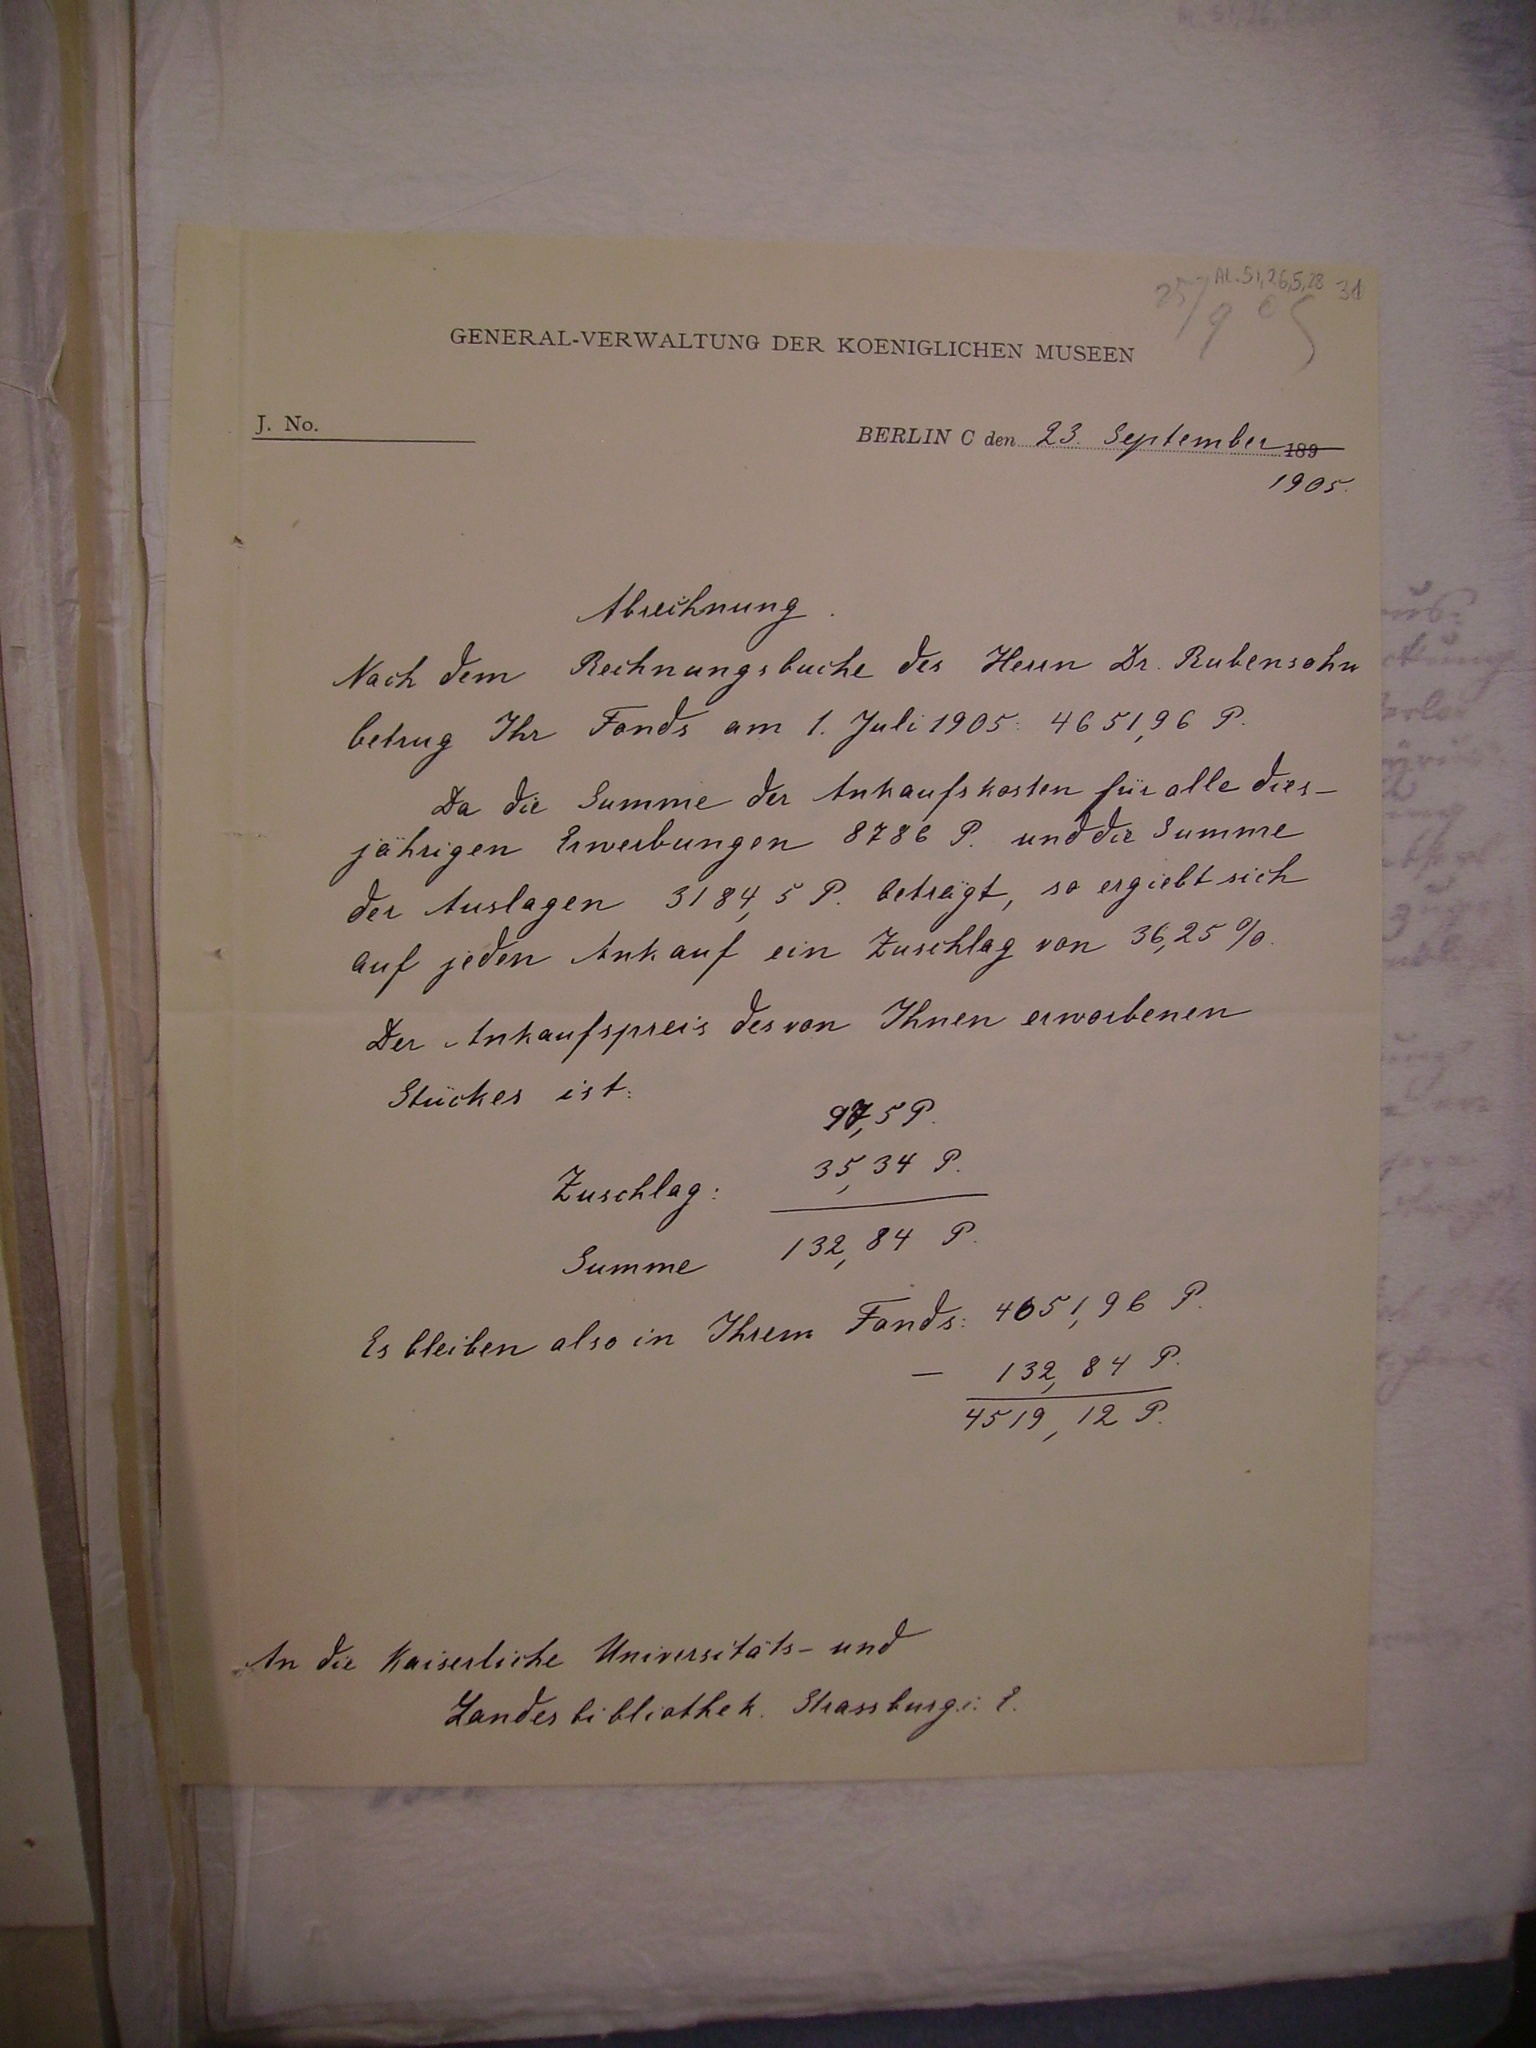
23 September
1905.
Abrechnung.
Nach dem Rechnungsbuche des Herrn Dr. Rubensohn
betrug Ihr Fonds am 1. Juli 1905: 4651,96 P.
Da die Summe der Ankaufskosten für alle dies¬
jährigen erwerbungen 8786 P. und die Summe
der Auslagen 3184,5 P. beträgt, so ergiebt sich
auf jeden Ankauf ein Zuschlag von 36,25%.
Der Ankaufspreis des von Ihnen erworbenen
Stückes ist:
97,5 P.
Zuschlag: 35,34 P.
Summe 132,84 P.
Es bleiben also in Ihrem Fonds: 4651,96 P.
-132,84 P.
4519,12 P.
An die Kaiserliche Universitäts- und
Landesbibliothek Strassburg.i. l.